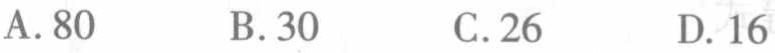
A. 80  B. 30  C. 26  D. 16